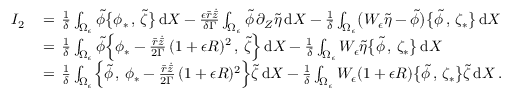
\begin{array} { r l } { I _ { 2 } \, } & { = \, \frac { 1 } { \delta } \int _ { \Omega _ { \epsilon } } \tilde { \phi } \bigl \{ \phi _ { * } \, , \, \tilde { \zeta } \bigr \} \, \mathrm { d } X - \frac { \epsilon \bar { r } \dot { \bar { z } } } { \delta \Gamma } \int _ { \Omega _ { \epsilon } } \tilde { \phi } \, \partial _ { Z } \tilde { \eta } \, \mathrm { d } X - \frac { 1 } { \delta } \int _ { \Omega _ { \epsilon } } \bigl ( W _ { \epsilon } \tilde { \eta } - \tilde { \phi } \bigr ) \bigl \{ \tilde { \phi } \, , \, \zeta _ { * } \bigr \} \, \mathrm { d } X } \\ { \, } & { = \, \frac { 1 } { \delta } \int _ { \Omega _ { \epsilon } } \tilde { \phi } \Bigl \{ \phi _ { * } - \frac { \bar { r } \dot { \bar { z } } } { 2 \Gamma } \, ( 1 + \epsilon R ) ^ { 2 } \, , \, \tilde { \zeta } \Bigr \} \, \mathrm { d } X - \frac { 1 } { \delta } \int _ { \Omega _ { \epsilon } } W _ { \epsilon } \tilde { \eta } \bigl \{ \tilde { \phi } \, , \, \zeta _ { * } \bigr \} \, \mathrm { d } X } \\ { \, } & { = \, \frac { 1 } { \delta } \int _ { \Omega _ { \epsilon } } \Bigl \{ \tilde { \phi } \, , \, \phi _ { * } - \frac { \bar { r } \dot { \bar { z } } } { 2 \Gamma } \, ( 1 + \epsilon R ) ^ { 2 } \Bigr \} \tilde { \zeta } \, \mathrm { d } X - \frac { 1 } { \delta } \int _ { \Omega _ { \epsilon } } W _ { \epsilon } ( 1 + \epsilon R ) \bigl \{ \tilde { \phi } \, , \, \zeta _ { * } \bigr \} \tilde { \zeta } \, \mathrm { d } X \, . } \end{array}